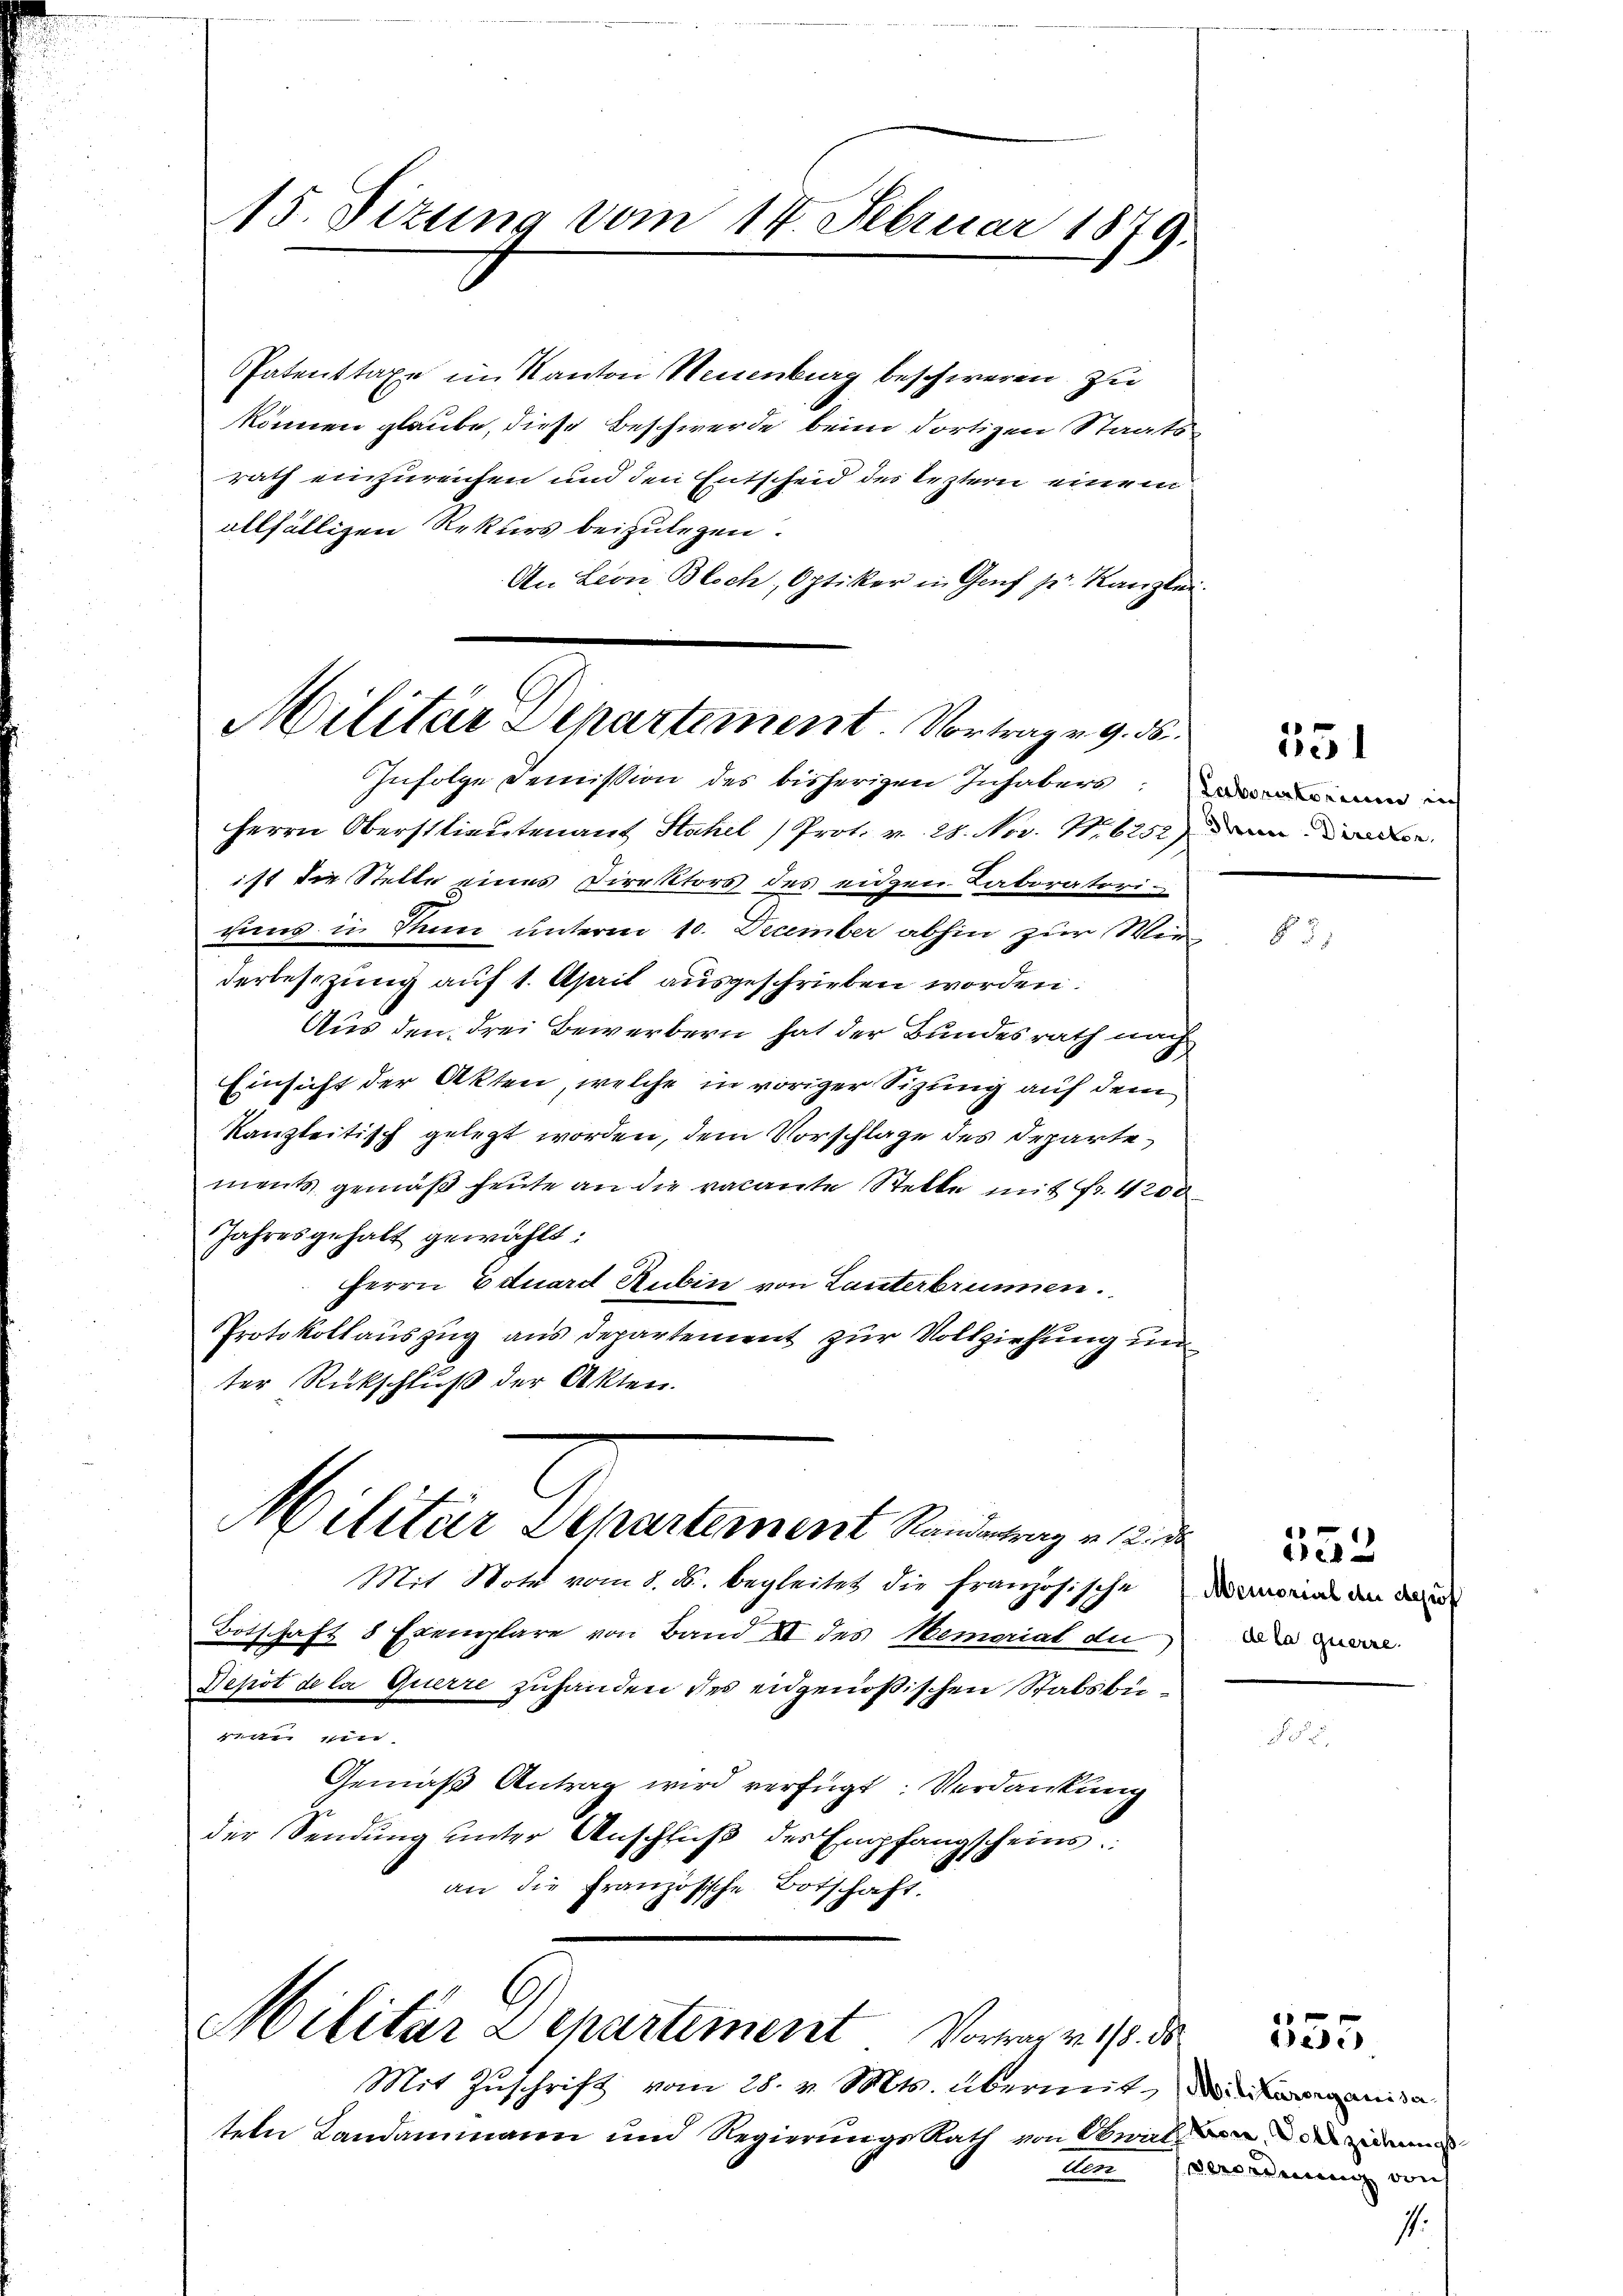
15. Sizung vom 14. Februar 1879.

Patenttaxe im Kanton Neuenburg beschweren zu
können glaube, diese Beschwerde beim dortigen Staats-
rath einzureichen und den Entscheid des Leztern einem
allfälligen Rekurs beizulegen.
An Leon Bloch, Optiker in Genf pr. Kanzlei.

Militär Departement. Vortrag a. g. 36
Infolge Demission des bisherigen Inhabers: in

Militar Departement Standerung u. die

Militär a epartement Vortrag v. 18. d. 255

Herrn Oberstlieutenant Stahel /Prot. v. 28. Nov. 1. 6252) dann e
ist die Stelle eines Direktors des eidgen. Laboratoriuuns in Sinn unterm 10. December abhin zur Wir
derbesezung auf 1. April ausgeschrieben worden.
Aus den drei Bewerbern hat der Bundesrath nach
Einsicht der Akten, welche in voriger Sizung auf dem
kanzleitisch gelegt worden, dem Vorschlage des Departe
ments gemäβ heŭte an die vacante Stelle mit Fr. 4200
Jahresgehalt gewählt:
Herrn Eduard Rubin von Lanterbrunnen.
Protokollauszug aus Departement zur Vollziehung un
ter Rückschluß der Akten.

Mit Zuschrift vom 28. v. Mts. übermit, demanda

Mit Note vom 8. ds. begleitet die französische
Botschaft 8 Exemplare von Band XII des Memorial du
Depot de la querre zuhanden des eidgenößischen Stabsbü¬
11 en
Gemäß Antrag wird verfügt: Verdankung
der Sendung unter Anschluß des Empfangscheins
an die Französische Botschaft.

tern Landammann und Regierungs Rath von Obwalden der da

351

§ 5.

532
Memorial du depot
de la querre.

kon serordnung von